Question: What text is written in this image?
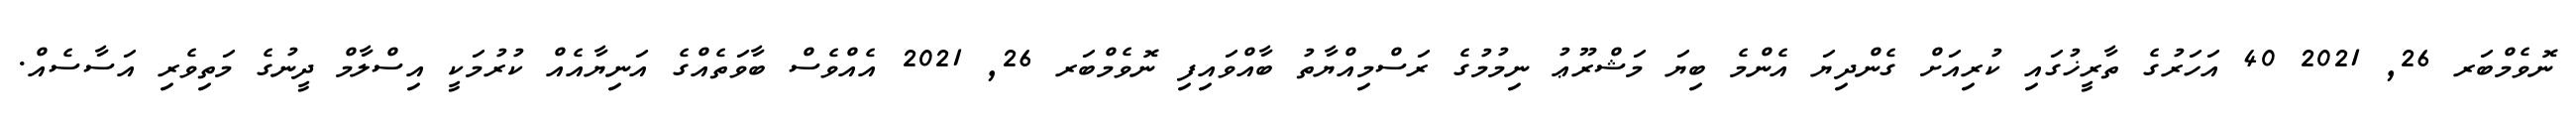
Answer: ނޮވެމްބަރ 26, 2021 40 އަހަރުގެ ތާރީޚުގައި ކުރިއަށް ގެންދިޔަ އެންމެ ބިޔަ މަޝްރޫޢު ނިމުމުގެ ރަސްމިއްޔާތު ބާއްވައިފި ނޮވެމްބަރ 26, 2021 އެއްވެސް ބާވަތެއްގެ އަނިޔާއެއް ކުރުމަކީ އިސްލާމް ދީނުގެ މަތިވެރި އަސާސެއް.